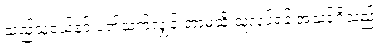
သည်သူငယ်နှင့် ပတ်သက်လျှင် ဘာမဆို သူလုပ်ရန် အသင့်ရှိသည်။